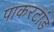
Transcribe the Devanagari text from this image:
पाकरटांड